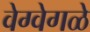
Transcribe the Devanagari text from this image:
वेग्वेगळे